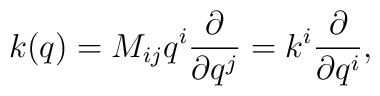
k(q)=M_{ij}q^i{\partial\over \partial q^j}=k^i{\partial\over \partial q^i},